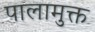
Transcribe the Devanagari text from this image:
पालामुक्त